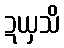
ဍယှသိ